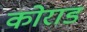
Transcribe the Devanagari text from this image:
कोराड